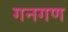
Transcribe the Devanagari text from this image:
गनगण